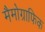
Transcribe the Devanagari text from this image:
मैमोग्राफिक